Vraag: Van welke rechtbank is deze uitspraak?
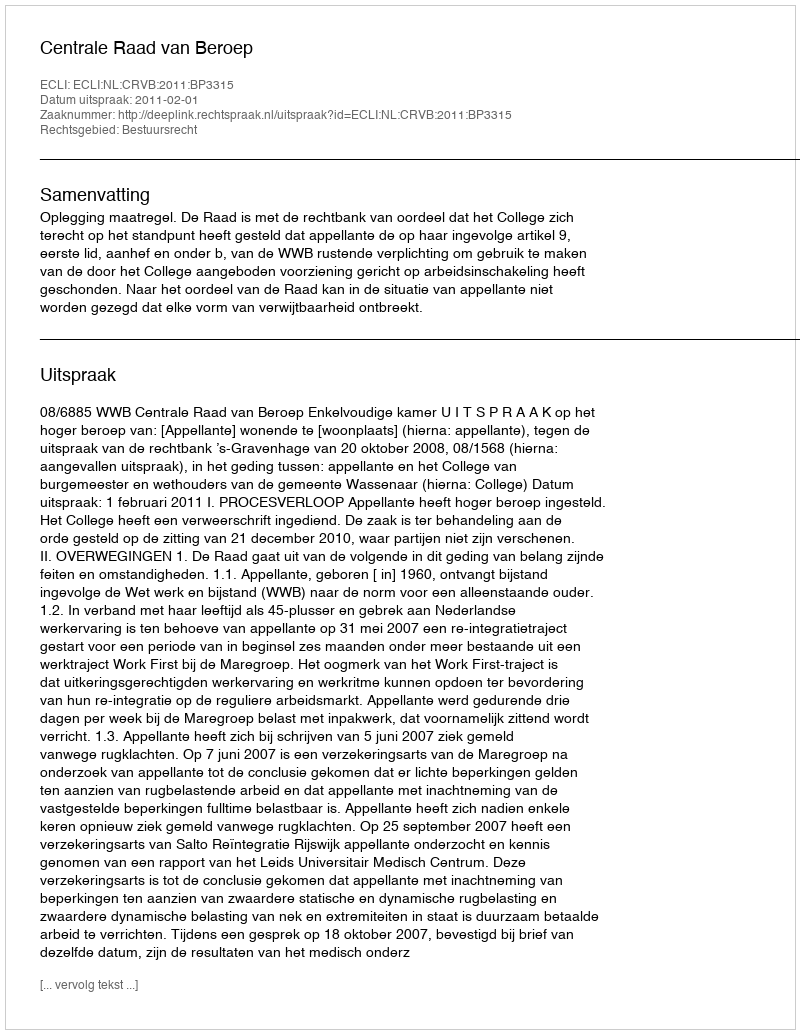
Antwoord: Centrale Raad van Beroep